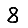
Digit: 8